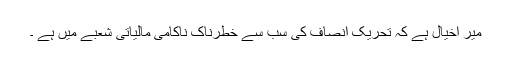
میر اخیال ہے کہ تحریک انصاف کی سب سے خطرناک ناکامی مالیاتی شعبے میں ہے ۔